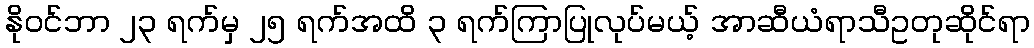
နိုဝင်ဘာ ၂၃ ရက်မှ ၂၅ ရက်အထိ ၃ ရက်ကြာပြုလုပ်မယ့် အာဆီယံရာသီဥတုဆိုင်ရာ